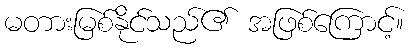
မတားမြစ်နိုင်သည်၏ အဖြစ်ကြောင့်။